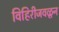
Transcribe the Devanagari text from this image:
विहिरीजवळून